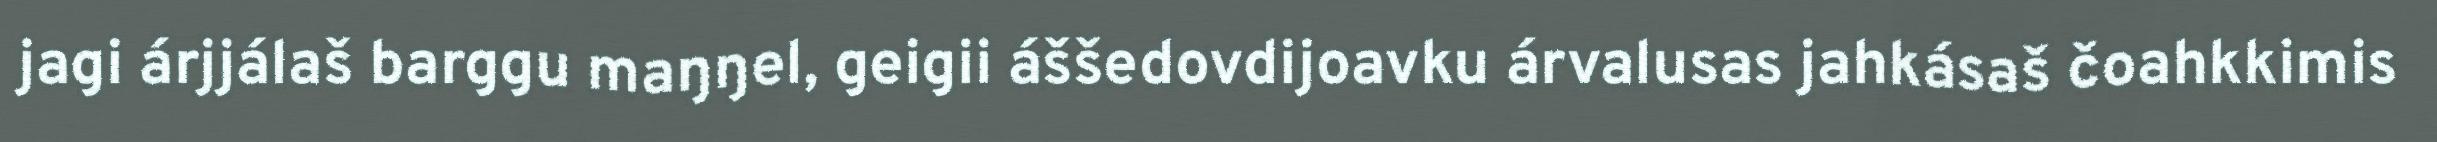
jagi árjjálaš barggu maŋŋel, geigii áššedovdijoavku árvalusas jahkásaš čoahkkimis